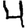
Digit: 4